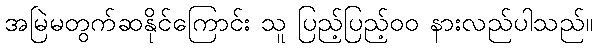
အမြဲမတွက်ဆနိုင်ကြောင်း သူ ပြည့်ပြည့်၀၀ နားလည်ပါသည်။